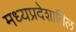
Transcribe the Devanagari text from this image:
मध्यप्रदेशातिल